NAE_EAA_P-1050_Enda_Kallas, lk 13
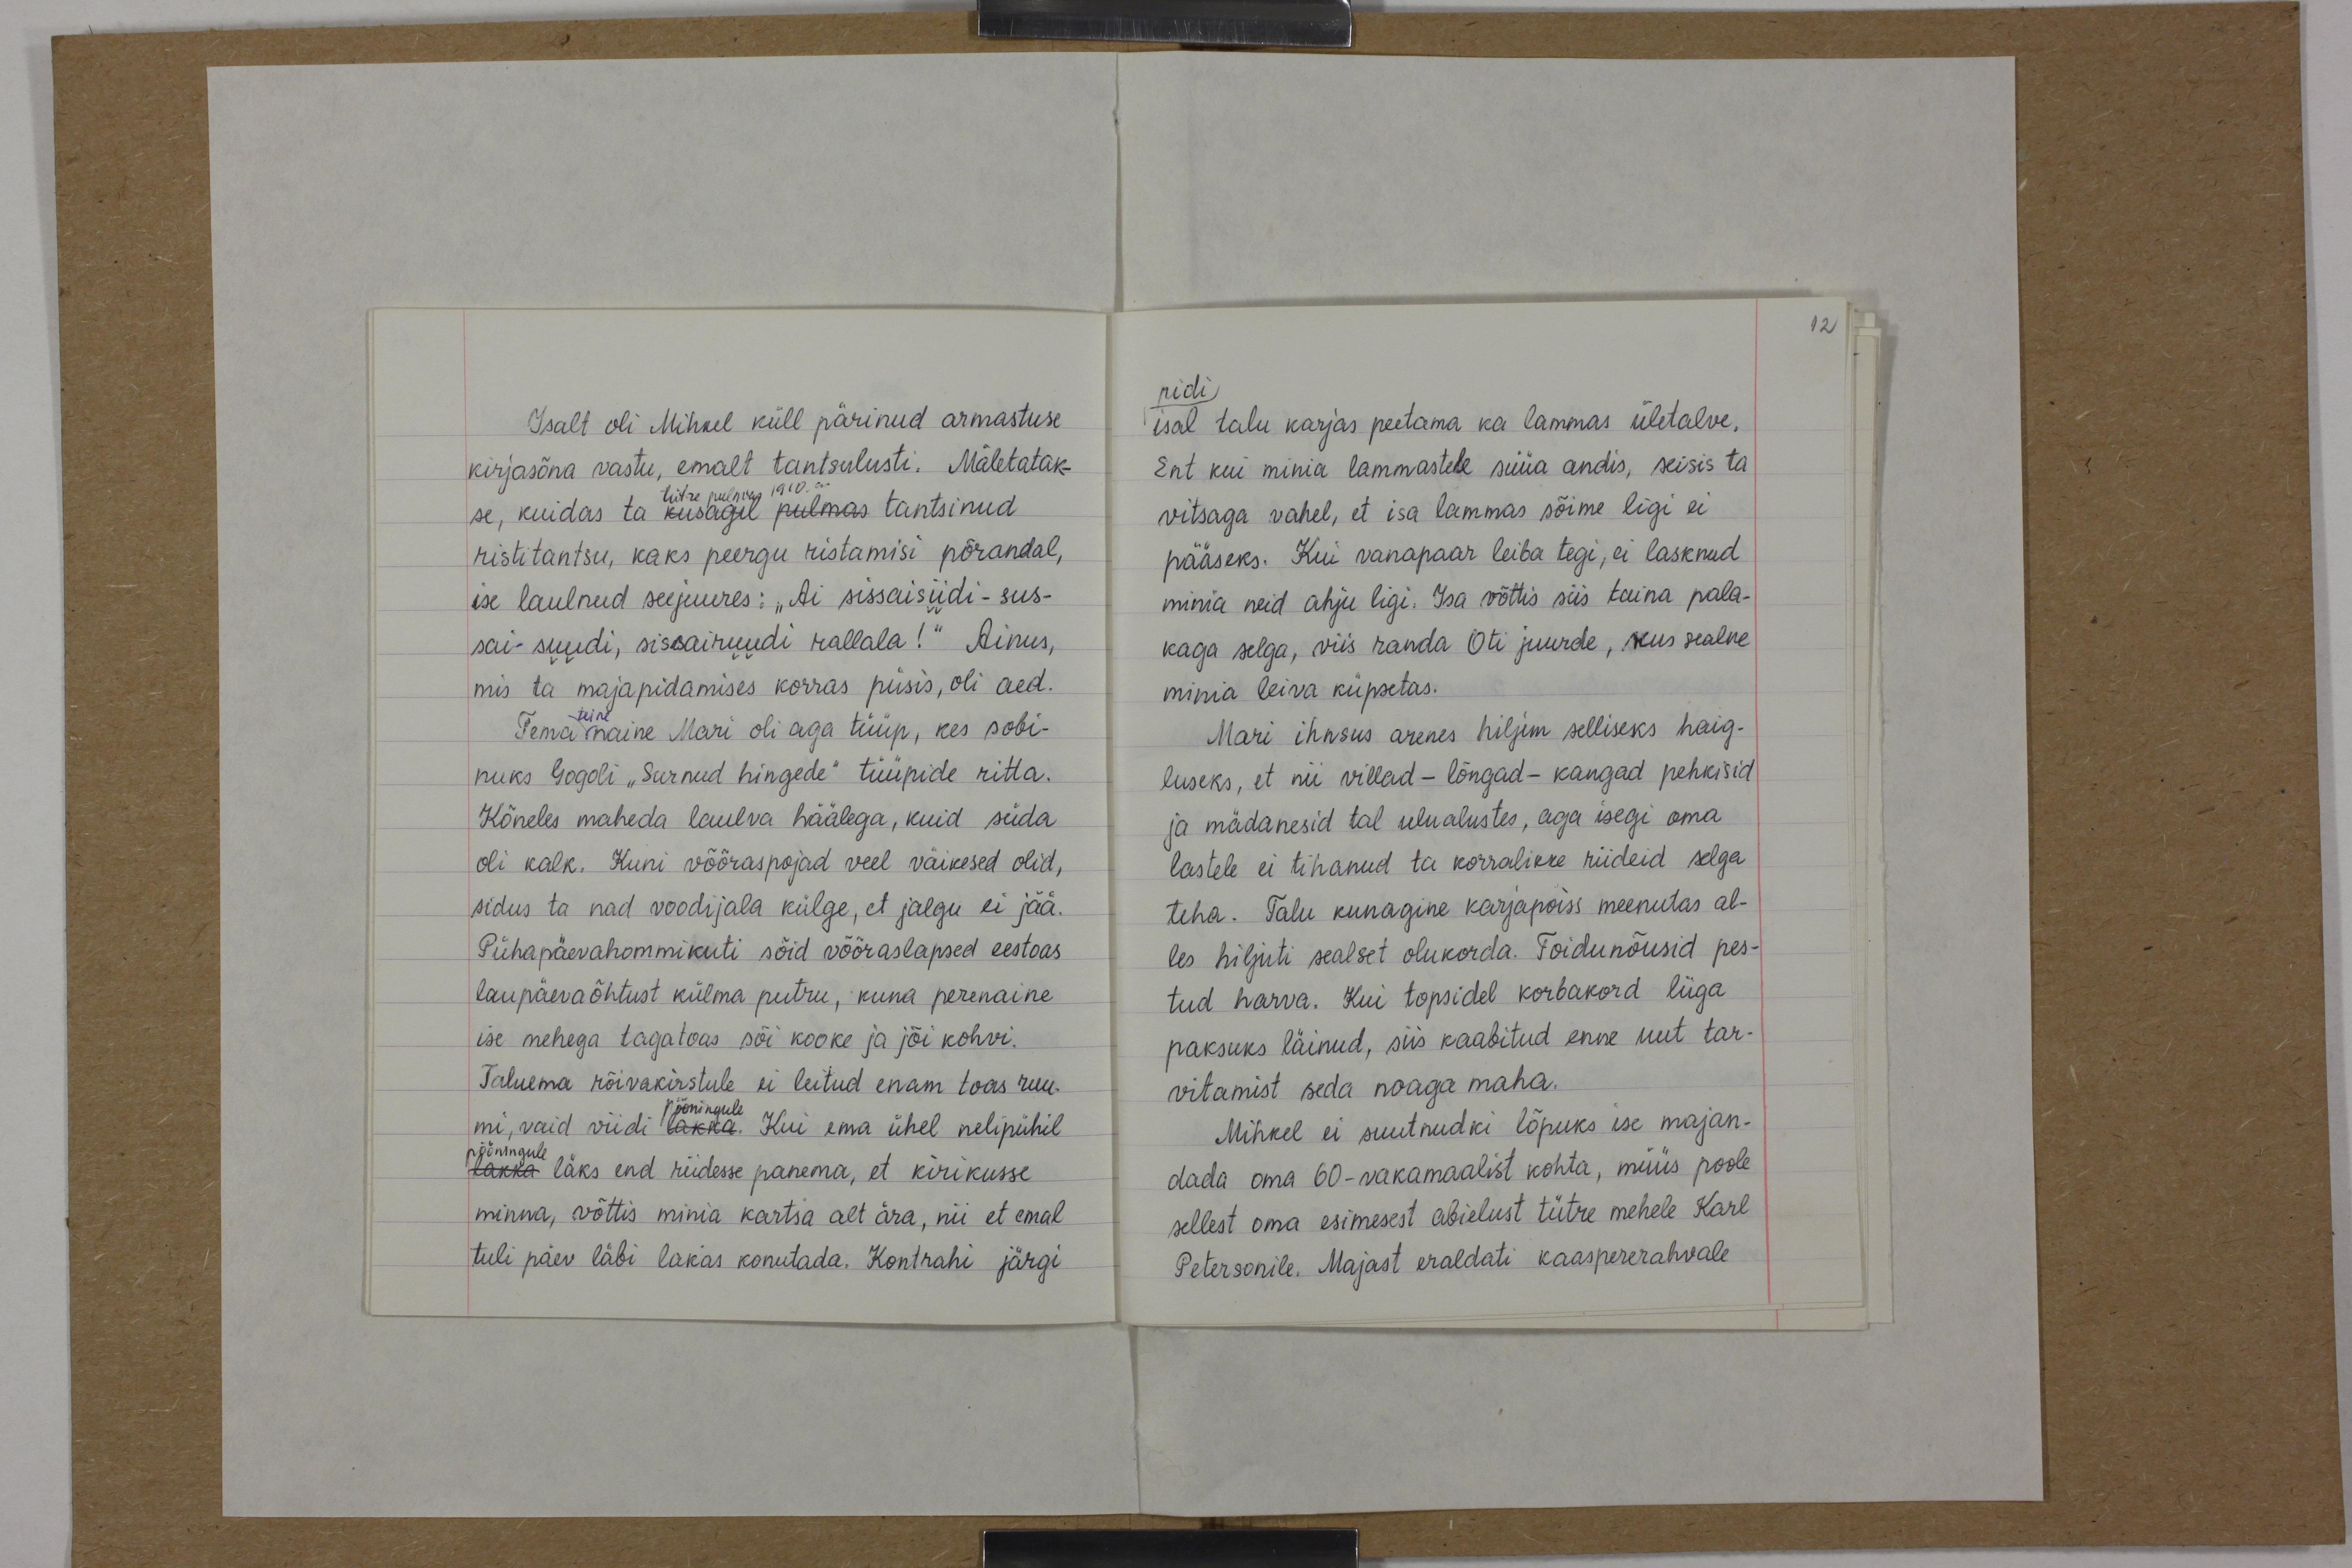
12

Isalt oli Mihkel küll pärinud armastuse
kirjasõna vastu, emalt tantsulusti. Mäletatak-
tütre pulmas 1910. a.
se, kuidas ta kusagil pulmas tantsinud
ristitantsu, kaks peergu ristamisi põrandal,
ise laulnud seejuures : "Ai sissaisiidi - sus-
sai - suudi, sissairuudi rallala!" Ainus,
mis ta majapidamises korras püsis, oli aed.
Tema naine Mari oli aga tüüp, kes sobi-
teine
nuks Gogoli "Surnud hingede" tüüpide ritta.
Kõneles maheda laulva häälega, kuid süda
oli kalk. Kuni võõraspojad veel väikesed olid,
sidus ta nad voodijala külge, et jalgu ei jää.
Pühapäevahommikuti sõid võõraslapsed eestoas
laupäevaõhtust külma putru, kuna perenaine
ise mehega tagatoas sõi kooke ja jõi kohvi.
Taluema rõivakirstule ei leitud enam toas ruu-
pööningule
mi, vaid viidi lakka. Kui ema ühel nelipühil
pööningule
lakka läks end riidesse panema, et kirikusse
minna, võttis minia kartsa alt ära, nii et emal
tuli päev läbi lakas konutada. Kontrahi järgi

pidi
isal talu karjas peetama ka lammas ületalve.
Ent kui minia lammastele süüa andis, seisis ta
vitsaga vahel, et isa lammas sõime ligi ei
pääseks. Kui vanapaar leiba tegi, ei lasknud
minia neid ahju ligi. Isa võttis siis taina pala-
kaga selga, viis randa Oti juurde, kus sealne
minia leiva küpsetas.
Mari ihnsus arenes hiljem selliseks haig-
luseks, et nii villad - lõngad - kangad pehkisid
ja mädanesid tal ulualustes, aga isegi oma
lastele ei tihanud ta korralikke riideid selga
teha. Talu kunagine karjapoiss meenutas al-
les hiljuti sealset olukorda. Toidunõusid pes-
tud harva. Kui topsidel korbakord liiga
paksuks läinud, siis kaabitud enne uut tar-
vitamist seda noaga maha.
Mihkel ei suutnudki lõpuks ise majan-
dada oma 60-vakamaalist kohta, müüs poole
sellest oma esimesest abielust tütre mehele Karl
Petersonile. Majast eraldati kaaspererahvale